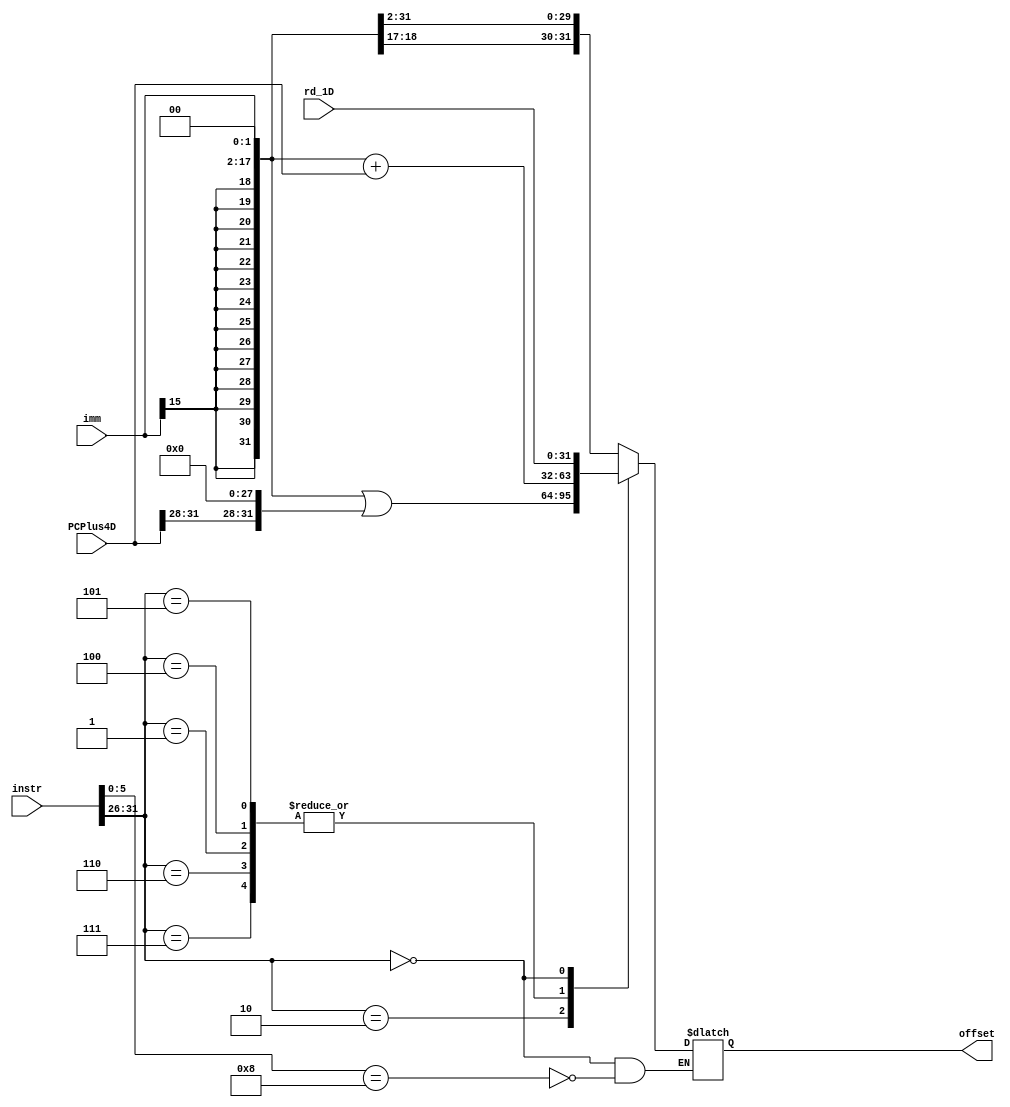
`timescale 1ns / 1ps
//////////////////////////////////////////////////////////////////////////////////
// Company: 
// Engineer: 
// 
// Design Name: 
// Module Name:    sign_extend 
// Project Name: 
// Target Devices: 
// Tool versions: 
// Description: 
//
// Dependencies: 
//
// Revision: 
// Revision 0.01 - File Created
// Additional Comments: 
//
//////////////////////////////////////////////////////////////////////////////////
module sign_extend(
	input [31:0] instr,
	input [31:0] rd_1D,
	input [31:0] PCPlus4D,
	input [15:0] imm,
	output reg [31:0] offset
);

parameter BGTZ = 6'b000111;
parameter J = 6'b000010;
parameter BEQ = 6'b000100;
parameter BNE = 6'b000101;
parameter BLEZ = 6'b000110;
parameter BLTZ = 6'b000001;

parameter JR = 6'b001000; //funct

always@(*)
begin
	case(instr[31:26])
		BGTZ:
			offset <= {{14{imm[15]}} , imm, 2'b00} + PCPlus4D;
		BLEZ:
			offset <= {{14{imm[15]}} , imm, 2'b00} + PCPlus4D;
		BLTZ: //BGEZ
			offset <= {{14{imm[15]}} , imm, 2'b00} + PCPlus4D;
		J:
			offset <= ({{14{imm[15]}} , imm, 2'b00} | {PCPlus4D[31:28], 28'b0});
		BEQ:
			offset <= {{14{imm[15]}} , imm, 2'b00} + PCPlus4D;
		BNE:
			offset <= {{14{imm[15]}} , imm, 2'b00} + PCPlus4D;
		6'b0:
			case(instr[5:0])
				JR:
					offset <= rd_1D;
			endcase
		default:
			offset <= {{16{imm[15]}} , imm};
	endcase
end

endmodule